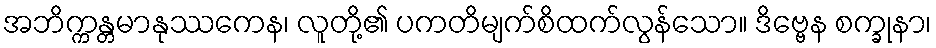
အဘိက္ကန္တမာနုဿကေန၊ လူတို့၏ ပကတိမျက်စိထက်လွန်သော။ ဒိဗ္ဗေန စက္ခုနာ၊